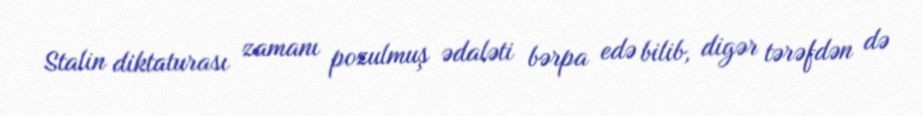
Stalin diktaturası zamanı pozulmuş ədaləti bərpa edə bilib, digər tərəfdən də